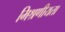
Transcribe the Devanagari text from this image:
मिश्रणीयता